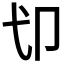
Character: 𱑘